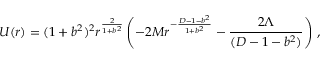
U ( r ) = ( 1 + b ^ { 2 } ) ^ { 2 } r ^ { \frac { 2 } { 1 + b ^ { 2 } } } \left( - 2 M r ^ { - { \frac { D - 1 - b ^ { 2 } } { 1 + b ^ { 2 } } } } - { \frac { 2 \Lambda } { ( D - 1 - b ^ { 2 } ) } } \right) \, ,